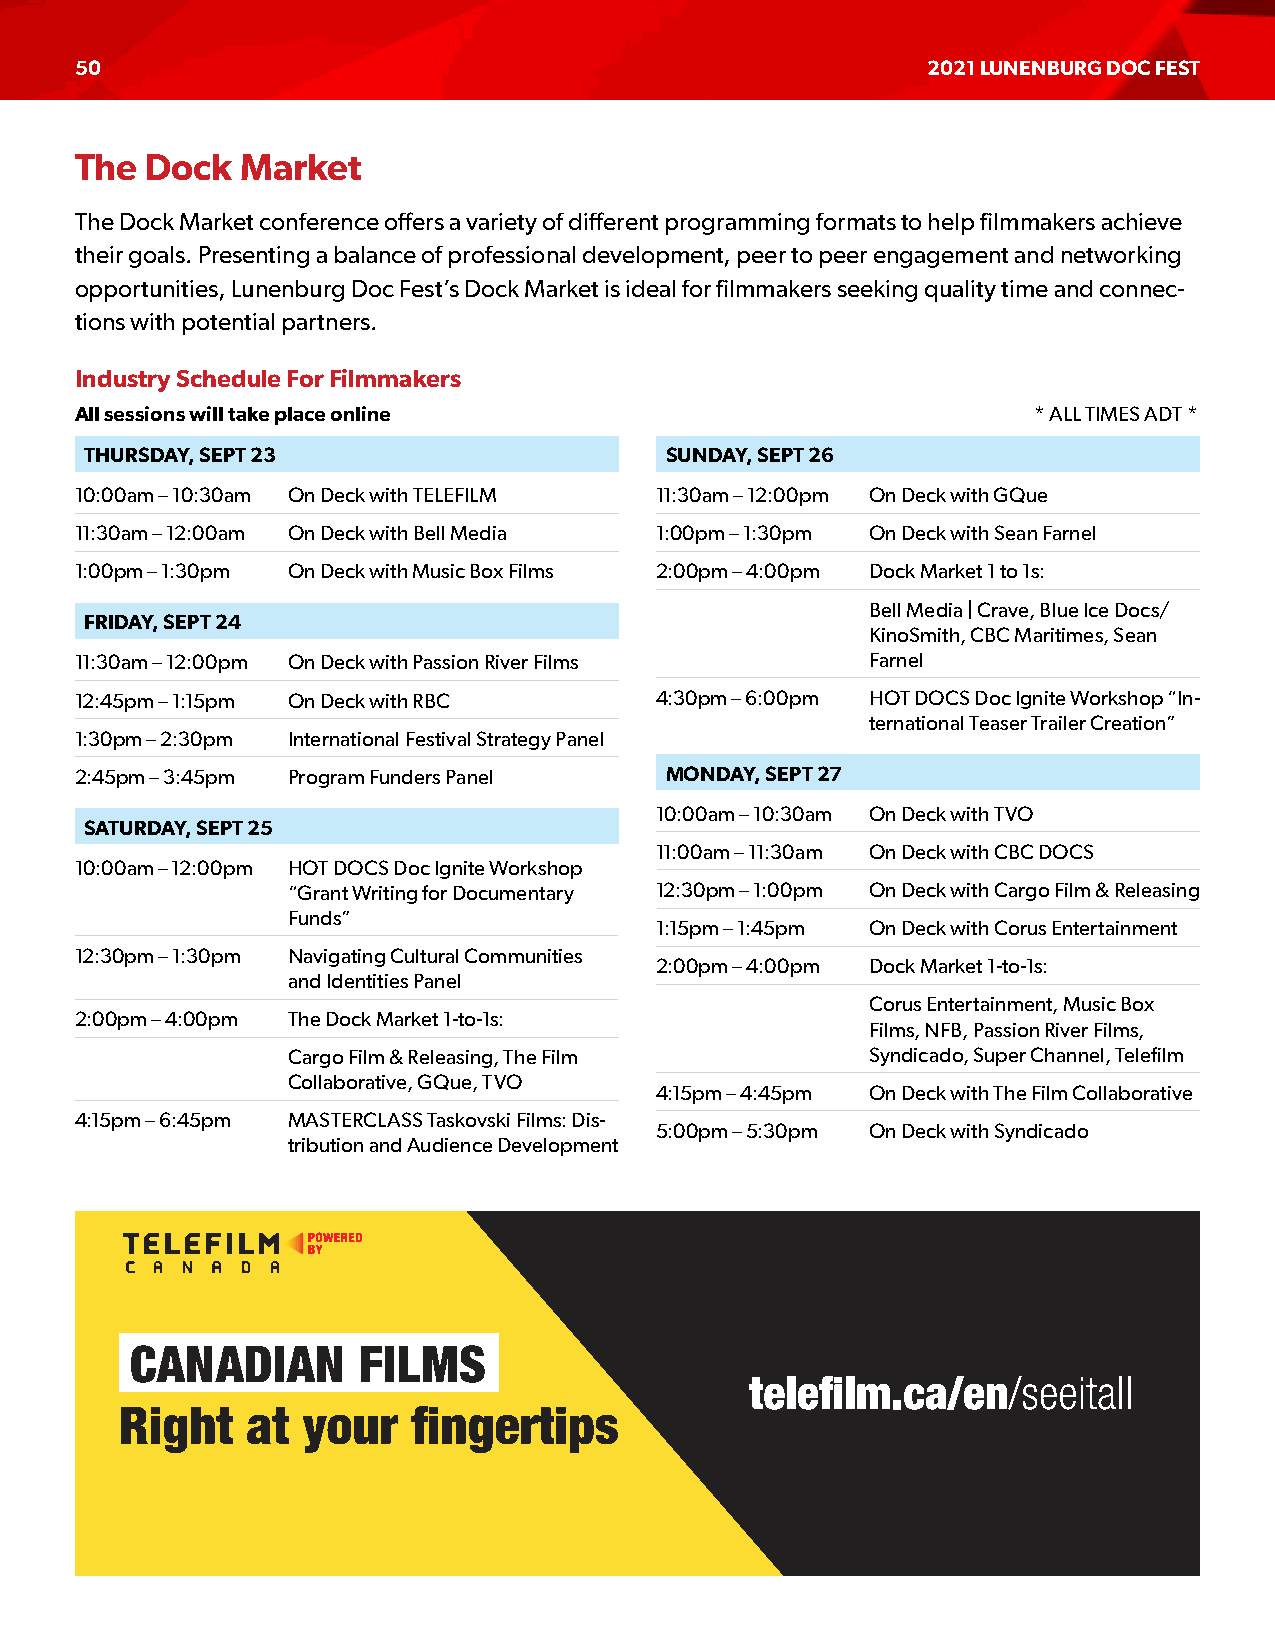
50                                                      2021 LUNENBURG DOC FEST
 The  Dock  Market
 The Dock Market conference offers a variety of different programming formats to help filmmakers achieve
 their goals. Presenting a balance of professional development, peer to peer engagement and networking
 opportunities, Lunenburg Doc Fest’s Dock Market is ideal for filmmakers seeking quality time and connec-
 tions with potential partners.
 Industry Schedule For Filmmakers
 All sessions will take place online                            * ALL TIMES ADT *
 THURSDAY, SEPT 23                     SUNDAY, SEPT 26
 10:00am – 10:30am On Deck with TELEFILM 11:30am – 12:00pm On Deck with GQue
 11:30am – 12:00am On Deck with Bell Media 1:00pm – 1:30pm On Deck with Sean Farnel
 1:00pm – 1:30pm On Deck with Music Box Films 2:00pm – 4:00pm Dock Market 1 to 1s:
 Bell Media | Crave, Blue Ice Docs/
 FRIDAY, SEPT 24
 KinoSmith, CBC Maritimes, Sean
 11:30am – 12:00pm On Deck with Passion River Films   Farnel
 12:45pm – 1:15pm On Deck with RBC     4:30pm – 6:00pm HOT DOCS Doc Ignite Workshop “In-
 ternational Teaser Trailer Creation”
 1:30pm – 2:30pm International Festival Strategy Panel
 2:45pm – 3:45pm Program Funders Panel  MONDAY, SEPT 27
 10:00am – 10:30am On Deck with TVO
 SATURDAY, SEPT 25
 11:00am – 11:30am On Deck with CBC DOCS
 10:00am – 12:00pm HOT DOCS Doc Ignite Workshop
 “Grant Writing for Documentary 12:30pm – 1:00pm On Deck with Cargo Film & Releasing
 Funds”
 1:15pm – 1:45pm On Deck with Corus Entertainment
 12:30pm – 1:30pm Navigating Cultural Communities
 2:00pm – 4:00pm Dock Market 1-to-1s:
 and Identities Panel
 Corus Entertainment, Music Box
 2:00pm – 4:00pm The Dock Market 1-to-1s:
 Films, NFB, Passion River Films,
 Cargo Film & Releasing, The Film       Syndicado, Super Channel, Telefilm
 Collaborative, GQue, TVO
 4:15pm – 4:45pm On Deck with The Film Collaborative
 4:15pm – 6:45pm MASTERCLASS Taskovski Films: Dis-
 5:00pm – 5:30pm On Deck with Syndicado
 tribution and Audience Development
 CANADIAN       FILMS